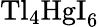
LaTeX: \mathrm{Tl_{4}HgI_{6}}